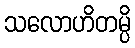
သလောဟိတမ္ပိ